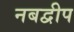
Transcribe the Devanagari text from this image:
नबद्वीप